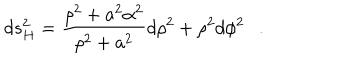
LaTeX: d s _ { H } ^ { 2 } = { \frac { \rho ^ { 2 } + a ^ { 2 } \alpha ^ { 2 } } { \rho ^ { 2 } + a ^ { 2 } } } d \rho ^ { 2 } + \rho ^ { 2 } d \phi ^ { 2 } .